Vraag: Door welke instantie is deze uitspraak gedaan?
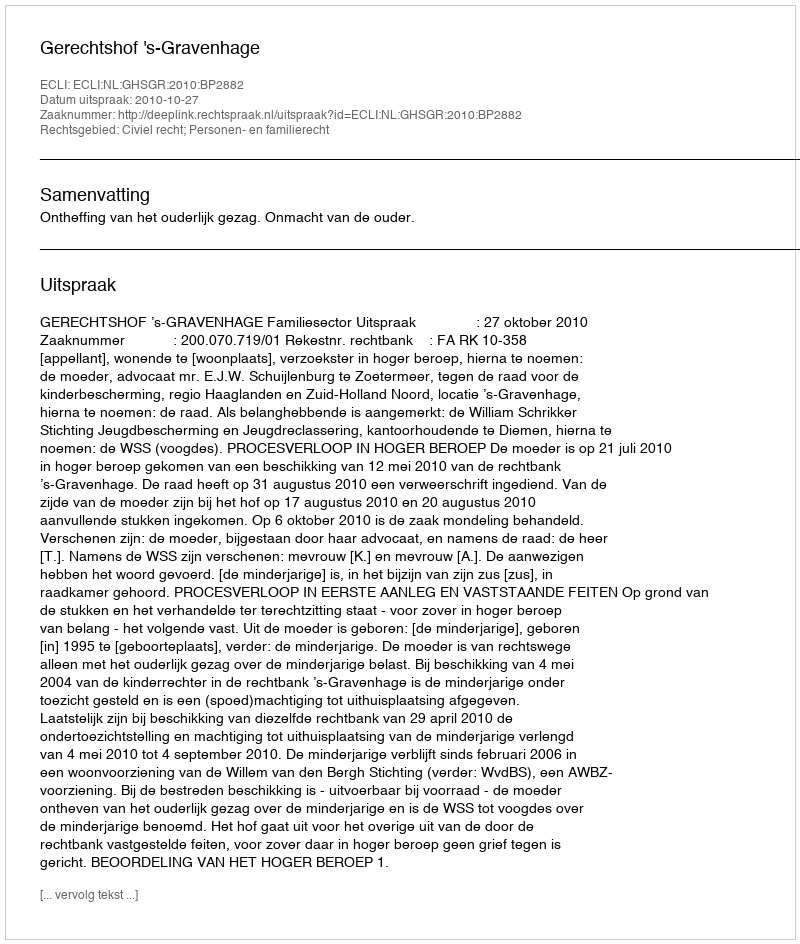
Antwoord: Gerechtshof 's-Gravenhage